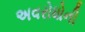
અવરોધોની